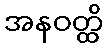
အနဝတ္ထိ